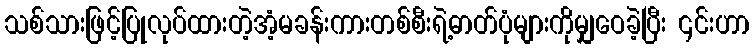
သစ်သားဖြင့်ပြုလုပ်ထားတဲ့အံ့မခန်းကားတစ်စီးရဲ့ဓာတ်ပုံများကိုမျှဝေခဲ့ပြီး ၎င်းဟာ